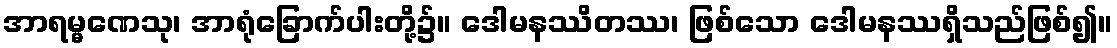
အာရမ္မဏေသု၊ အာရုံခြောက်ပါးတို့၌။ ဒေါမနဿိတဿ၊ ဖြစ်သော ဒေါမနဿရှိသည်ဖြစ်၍။